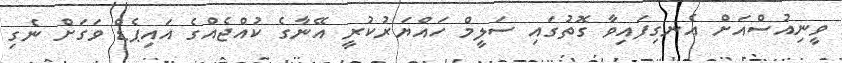
ވީނިއުސްއަށް އެނގިފައިވާ ގޮތުގައި ސަލީމް ހައްޔަރުކުރީ އޭނާގެ ކުއްޖެއްގެ އައިޕެޑް ވަގަށް ނެގި